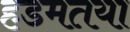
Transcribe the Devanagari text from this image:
हडमतया